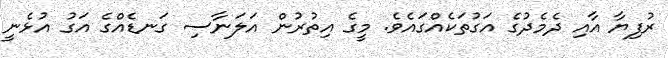
ރުފިޔާ އާއި ދެމެދުގެ އަގުތަކެއްގައެވެ. މީގެ އިތުރުން އަލަނާސި ގަނޑެއްގެ އަގު އުޅެނީ